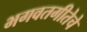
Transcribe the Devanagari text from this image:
भगवतगीतेचे